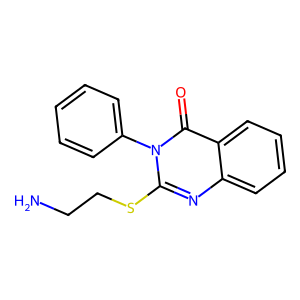
SMILES: NCCSc1nc2ccccc2c(=O)n1-c1ccccc1
Inhibits HIV replication: No